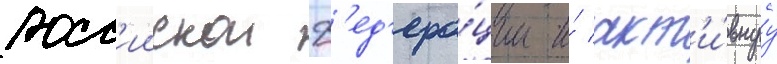
росс'иискои ф'ед'ера́ции и́ акт'и́внуу